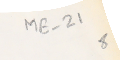
ME- 21 8